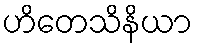
ဟိတေသိနိယာ